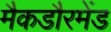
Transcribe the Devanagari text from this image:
मैकडौरमेंड